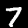
Digit: 7